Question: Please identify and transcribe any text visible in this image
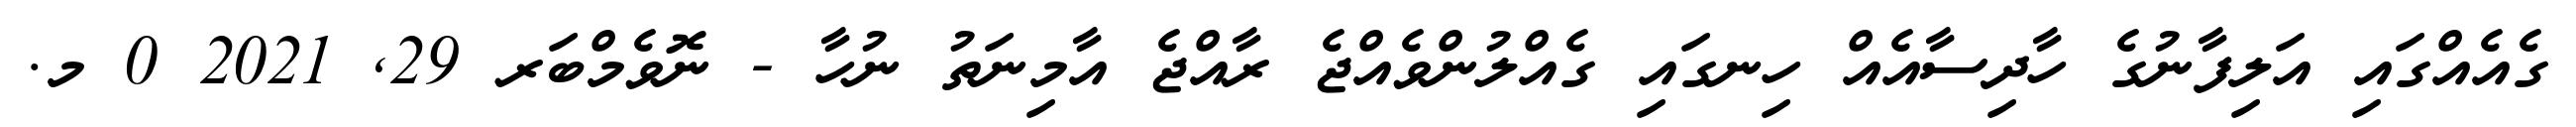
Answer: ގެއެއްގައި އަލިފާނުގެ ހާދިސާއެއް ހިނގައި ގެއްލުންވެއްޖެ ރާއްޖެ އާމިނަތު ނުހާ - ނޮވެމްބަރ 29, 2021 0 މ.